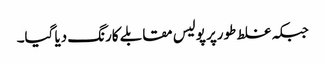
جبکہ غلط طورپر پولیس مقابلے کارنگ دیا گیا۔